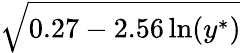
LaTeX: \sqrt{0.27-2.56\ln(y^{\ast})}